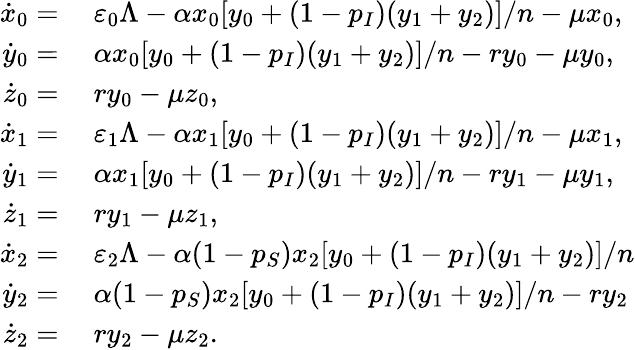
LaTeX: \begin{array}{rl}{\dot{x}_{0}=}&{{}~\varepsilon_{0}\Lambda-\alpha x_{0}[y_{0}+(1-p_{I})(y_{1}+y_{2})]/n-\mu x_{0},}\\ {\dot{y}_{0}=}&{{}~\alpha x_{0}[y_{0}+(1-p_{I})(y_{1}+y_{2})]/n-ry_{0}-\mu y_{0},}\\ {\dot{z}_{0}=}&{{}~ry_{0}-\mu z_{0},}\\ {\dot{x}_{1}=}&{{}~\varepsilon_{1}\Lambda-\alpha x_{1}[y_{0}+(1-p_{I})(y_{1}+y_{2})]/n-\mu x_{1},}\\ {\dot{y}_{1}=}&{{}~\alpha x_{1}[y_{0}+(1-p_{I})(y_{1}+y_{2})]/n-ry_{1}-\mu y_{1},}\\ {\dot{z}_{1}=}&{{}~ry_{1}-\mu z_{1},}\\ {\dot{x}_{2}=}&{{}~\varepsilon_{2}\Lambda-\alpha(1-p_{S})x_{2}[y_{0}+(1-p_{I})(y_{1}+y_{2})]/n}\\ {\dot{y}_{2}=}&{{}~\alpha(1-p_{S})x_{2}[y_{0}+(1-p_{I})(y_{1}+y_{2})]/n-ry_{2}}\\ {\dot{z}_{2}=}&{{}~ry_{2}-\mu z_{2}.}\end{array}